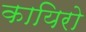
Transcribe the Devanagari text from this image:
कायिरो